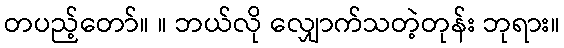
တပည့်တော်။ ။ ဘယ်လို လျှောက်သတဲ့တုန်း ဘုရား။